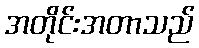
အတိုင်းအတာသည်